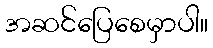
အဆင်ပြေစေမှာပါ။